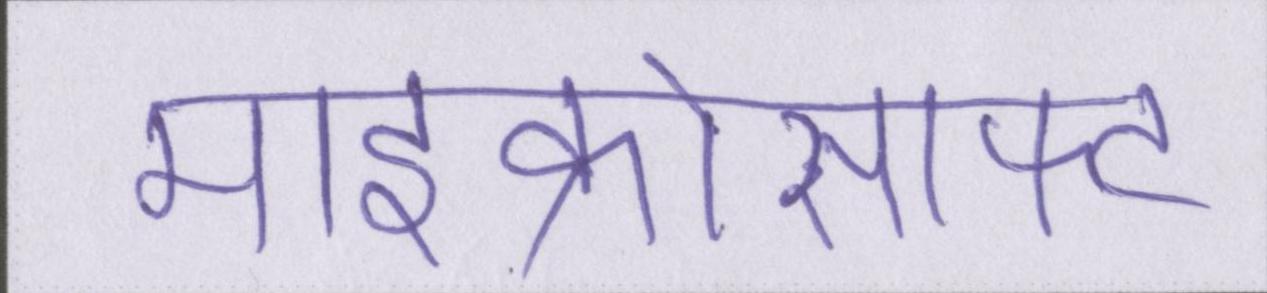
माइक्रोसाफ्ट